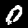
Digit: 0